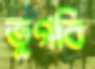
ভুগবি